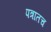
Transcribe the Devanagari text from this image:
पत्रातच